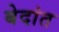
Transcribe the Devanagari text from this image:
बेदांत